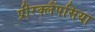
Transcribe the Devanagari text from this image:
प्रीरक्लैंपसिया